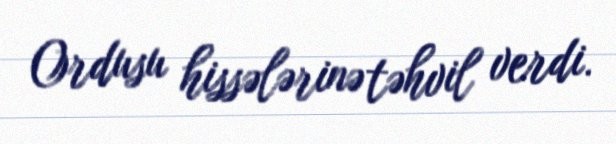
Ordusu hissələrinə təhvil verdi.